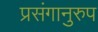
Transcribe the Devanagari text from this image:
प्रसंगानुरुप